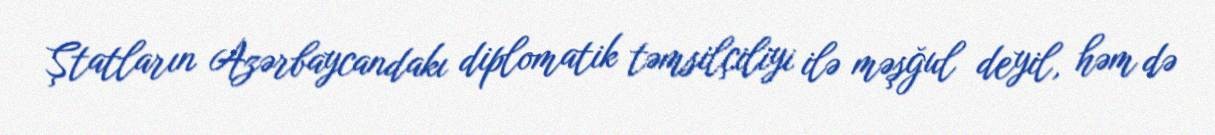
Ştatların Azərbaycandakı diplomatik təmsilçiliyi ilə məşğul deyil, həm də